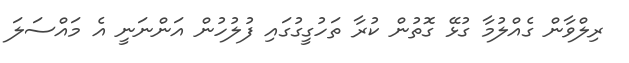
ރިލްވާން ގެއްލުމާ ގުޅޭ ގޮތުން ކުރާ ތަހުގީގުގައި ފުލުހުން އަންނަނީ އެ މައްސަލަ